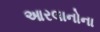
આરલાનોના